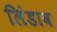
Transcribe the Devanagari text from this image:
लिंडाव